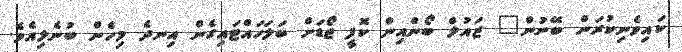
ކައިވެނިކުރަން ބޭނުން" ޒައުލް ބޯންއިން ކޮފީ ޖޯޑަށް ބަލަހައްޓައިގެން އިނދެ މިހެން ބުނެލިއެވެ.